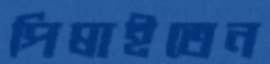
পিষাইতেন